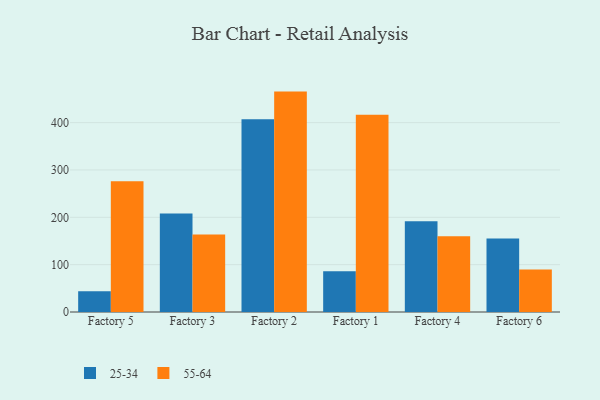
{"axis": {"x": "Factory", "y": "Website Visitors"}, "legend": ["25-34", "55-64"], "data": [{"x": "Factory 5", "y": 43.9, "type": "25-34"}, {"x": "Factory 5", "y": 275.9, "type": "55-64"}, {"x": "Factory 3", "y": 207.8, "type": "25-34"}, {"x": "Factory 3", "y": 163.6, "type": "55-64"}, {"x": "Factory 2", "y": 407.2, "type": "25-34"}, {"x": "Factory 2", "y": 465.5, "type": "55-64"}, {"x": "Factory 1", "y": 86.0, "type": "25-34"}, {"x": "Factory 1", "y": 416.8, "type": "55-64"}, {"x": "Factory 4", "y": 191.8, "type": "25-34"}, {"x": "Factory 4", "y": 160.2, "type": "55-64"}, {"x": "Factory 6", "y": 155.0, "type": "25-34"}, {"x": "Factory 6", "y": 89.5, "type": "55-64"}]}